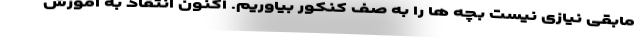
مابقی نیازی نیست بچه ها را به صف کنکور بیاوریم. اکنون انتقاد به آموزش